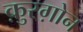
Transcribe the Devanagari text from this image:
क़ुरग़ोन